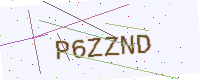
Text: P6ZZND